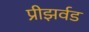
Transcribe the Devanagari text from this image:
प्रीझर्वड